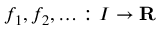
f _ { 1 } , f _ { 2 } , \dotsc \colon I \rightarrow \mathbf { R }